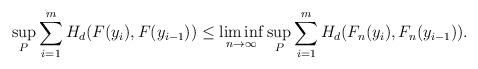
LaTeX: \begin{align*} \sup_{P} \sum_{i=1}^{m} H_d(F(y_i),F(y_{i-1})) \le \liminf_{n \to \infty} \sup_{P} \sum_{i=1}^{m} H_d(F_n(y_i),F_n(y_{i-1})). \end{align*}